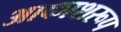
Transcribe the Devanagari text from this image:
आकाशरूप